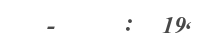
-     :  19